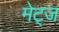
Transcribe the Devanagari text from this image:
मेट्ज